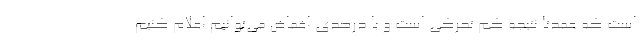
است که عمدتا نتیجه کم تحرکی است و با درصدی اغماض می‌توانیم اعلام کنیم